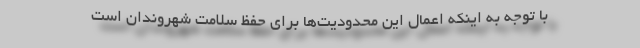
با توجه به اینکه اعمال این محدودیت‌ها برای حفظ سلامت شهروندان است